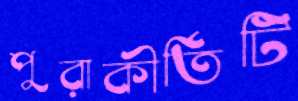
পুরাকীর্তিটি